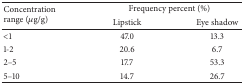
<table><thead><tr><td rowspan="2"><b>Concentration range (<i><i>μ</i></i>g/g)</b></td><td colspan="2"><b>Frequency percent (%)</b></td></tr><tr><td><b>Lipstick</b></td><td><b>Eye shadow</b></td></tr></thead><tbody><tr><td>&lt;1</td><td>47.0</td><td>13.3</td></tr><tr><td>1-2</td><td>20.6</td><td>6.7</td></tr><tr><td>2–5</td><td>17.7</td><td>53.3</td></tr><tr><td>5–10</td><td>14.7</td><td>26.7</td></tr></tbody></table>